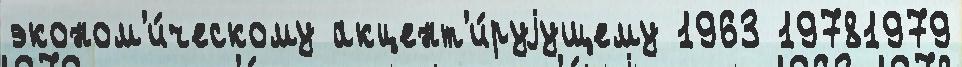
эконом'и́ческому акцент'и́руjущему 1963 19781979